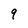
Character: 9